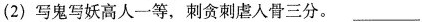
(2)写鬼写妖高人一等，刺贪刺虐入骨三分。___